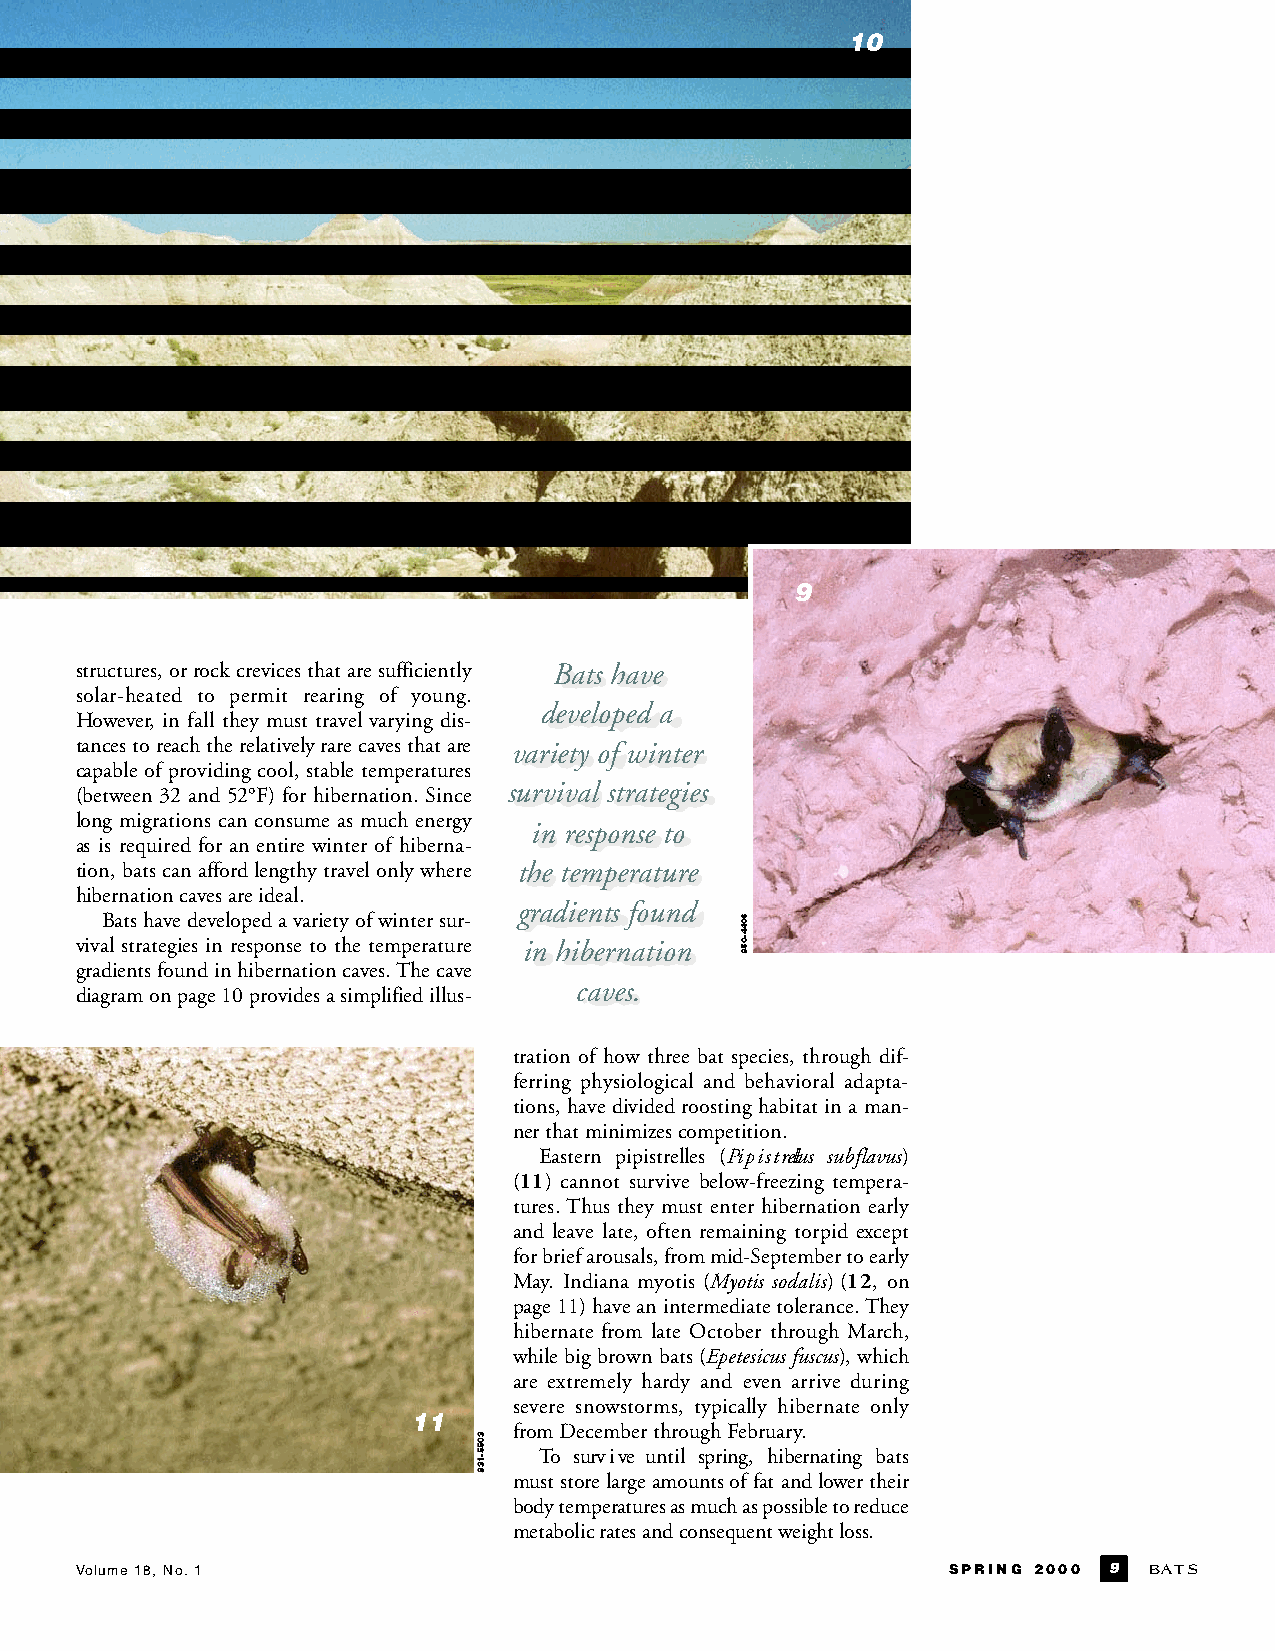
10
 9
 structures,orrockcrevicesthataresufficiently Bats have
 solar-heated to permit rearing of yo u n g .
 developed a
 However, in fall they must travel varying dis-
 tancestoreachtherelativelyrarecavesthatare variety of winter
 capable of providing cool, stable temperatures
 survival strategies
 (between 32 and 52°F) for hibernation. Since
 long migrations can consume as much energy
 in response to
 as is required for an entire winter of hiberna-
 tion, bats can afford lengthy travel only where the temperature
 hibernationcavesareideal.
 gradients found
 Batshavedevelopedavarietyofwintersur-
 vival strategies in response to the temperature in hibernation
 gradientsfoundinhibernationcaves.Thecave
 caves.
 diagramonpage10providesasimplifiedillus-
 tration of how three bat species, through dif-
 ferring physiological and behavioral adapta-
 tions, have divided roosting habitat in a man-
 nerthatminimizescompetition.
 Eastern pipistrelles (Pi p i s t rellus subflavus)
 (11) cannot survive below-freezing tempera-
 tures.Thus they must enter hibernation early
 and leave late, often remaining torpid except
 for brief arousals, from mid-September to early
 May. Indiana myotis (Myotis sodalis) (12, on
 page11)haveanintermediatetolerance.They
 hibernate from late October through March,
 while big brown bats (Epetesicusfuscus),which
 are extremely hardy and even arrive during
 severe snowstorms, typically hibernate only
 11
 fromDecemberthroughFebruary.
 To surv i ve until spring, hibernating bats
 muststore large amountsof fat and lowertheir
 bodytemperaturesasmuchaspossibletore d u c e
 metabolic ratesandconsequentweightloss.
 Volume 18, No.1                                           SPRING 2000 9 B AT S